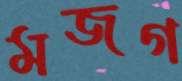
মজগ